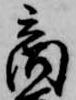
商